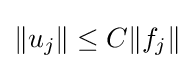
\|u_{j}\|\leq C\|f_{j}\|